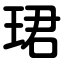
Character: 珺